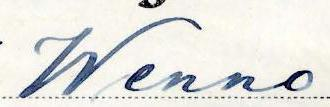
Wenno